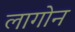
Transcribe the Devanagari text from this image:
लागोन